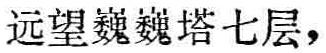
远望巍巍塔七层，